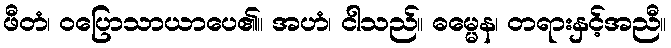
ဖီတံ၊ ဝပြောသာယာပေ၏။ အဟံ၊ ငါသည်။ ဓမ္မေန၊ တရားနှင့်အညီ။